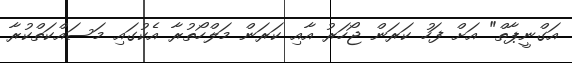
އަގްނީޕާތް" އަށް ފަހު ކަރަން ޖޯހަރު އާއި ކަރަން މަލްހޯތުރާ އެކުގައި މަސައްކަތްކުރާ